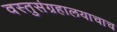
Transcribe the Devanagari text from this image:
वस्तुसंग्रहालयाचाच